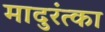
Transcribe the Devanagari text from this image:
मादुरंत्का